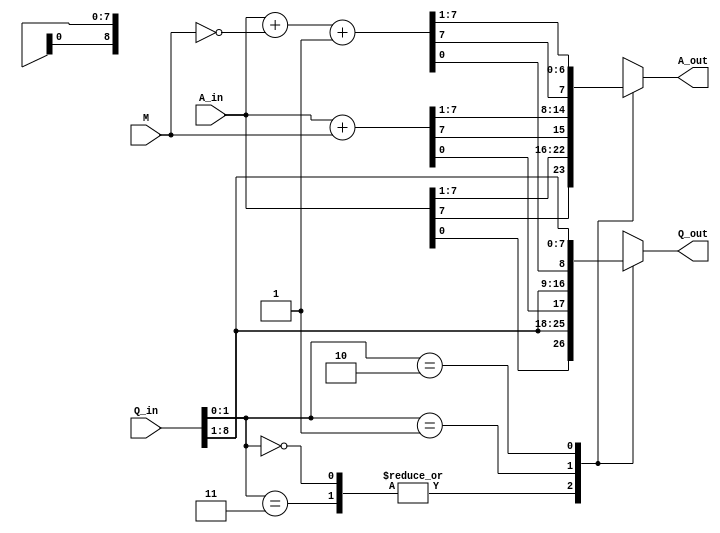
`timescale 1ns / 1ps



module booth(A_in,M,Q_in,A_out,Q_out);

input  [7 : 0] A_in, M;
input  [8 : 0] Q_in;
output [7 : 0] A_out;
output [8 : 0] Q_out;
 
reg  [7 : 0] A_temp;
reg  [8 : 0] Q_temp;

wire [7 : 0] A_sum = A_in + M;
wire [7 : 0] A_sub = A_in + ~M + 1;

always @(A_in, M, Q_in,A_sum,A_sub)
begin
    case (Q_in[1 : 0])
    
        2'b00, 2'b11: begin
                      A_temp = {A_in[7] , A_in[7 : 1]};
                      Q_temp = {A_in[0] , Q_in[8 : 1]};
                      end 
        2'b01       : begin
                      A_temp = {A_sum[7] , A_sum[7 : 1]};
                      Q_temp = {A_sum[0] ,  Q_in[8 : 1]};
                      end      
        2'b10       : begin
                      A_temp = {A_sub[7] , A_sub[7 : 1]};
                      Q_temp = {A_sub[0] ,  Q_in[8 : 1]};
                      end 
      endcase                      
                          
end

assign A_out = A_temp;
assign Q_out = Q_temp;

endmodule